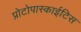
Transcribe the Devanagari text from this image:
प्रोटोपास्काईटिस